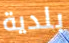
بلدية